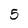
Character: 5